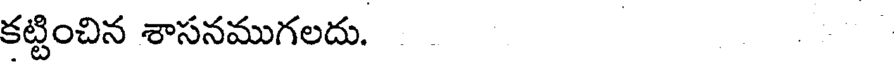
కట్టించిన శాసనముగలదు.